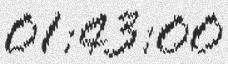
01:43:00